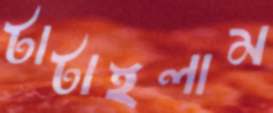
টাটাইলাম